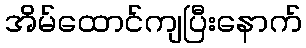
အိမ်ထောင်ကျပြီးနောက်